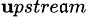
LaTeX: _{\mathbf{u}pstre\mathfrak{a}m}